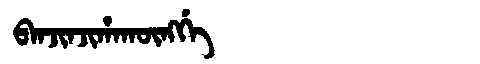
Manchu: ᠪᠠᠨᠵᡳᠨᠵᡳᡥᠠᡴᡡᠩᡤᡝ
Romanization: BANJINJIHAKŪNGGE